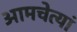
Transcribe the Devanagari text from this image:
आमचेत्यां